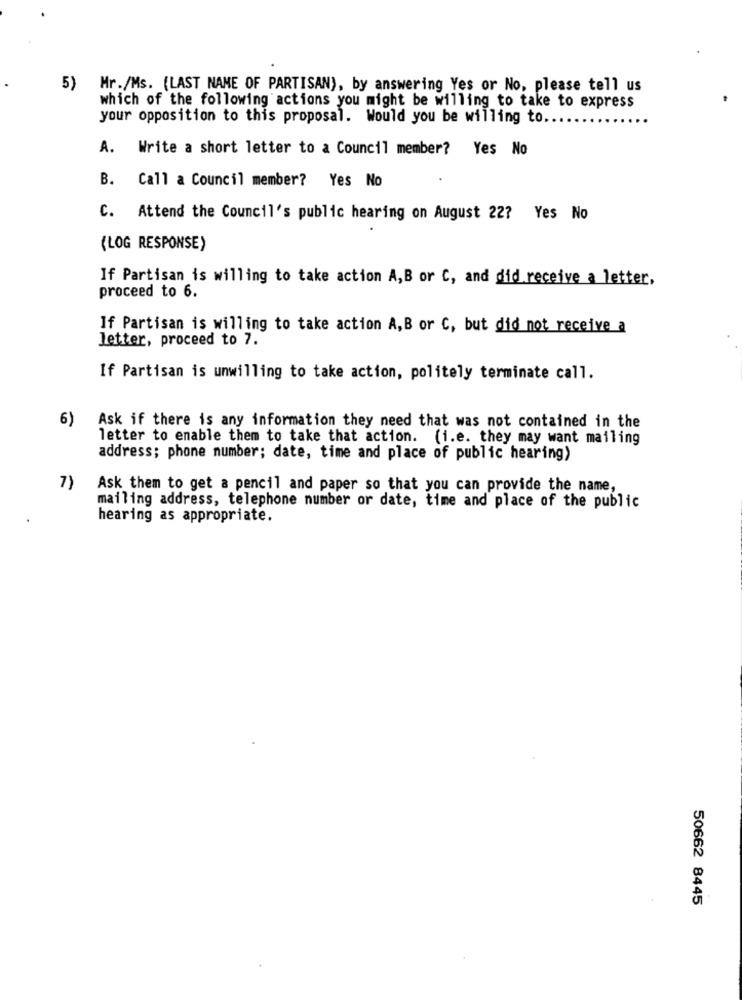
5) Mr./Ms. (LAST NAME OF PARTISAN), by answering Yes or No, please tell us
which of the following actions you might be willing to take to express
your opposition to this proposal. Would you be willing to ..
A. Write a short letter to a Council member? Yes No
B. Call a Council member? Yes No
C. Attend the Council's public hearing on August 22? Yes No
(LOG RESPONSE)
If Partisan is willing to take action A,B or C, and did receive a letter,
proceed to 6.
If Partisan is willing to take action A,B or C, but did not receive a
letter, proceed to 7.
If Partisan is unwilling to take action, politely terminate call.
6)
Ask if there is any information they need that was not contained in the
letter to enable them to take that action. (i.e. they may want mailing
address; phone number; date, time and place of public hearing)
7)
Ask them to get a pencil and paper so that you can provide the name,
mailing address, telephone number or date, time and place of the public
hearing as appropriate.
50662 8445